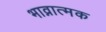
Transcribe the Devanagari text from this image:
भाव्नात्मक